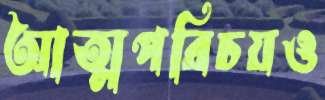
আত্মপরিচয়ও